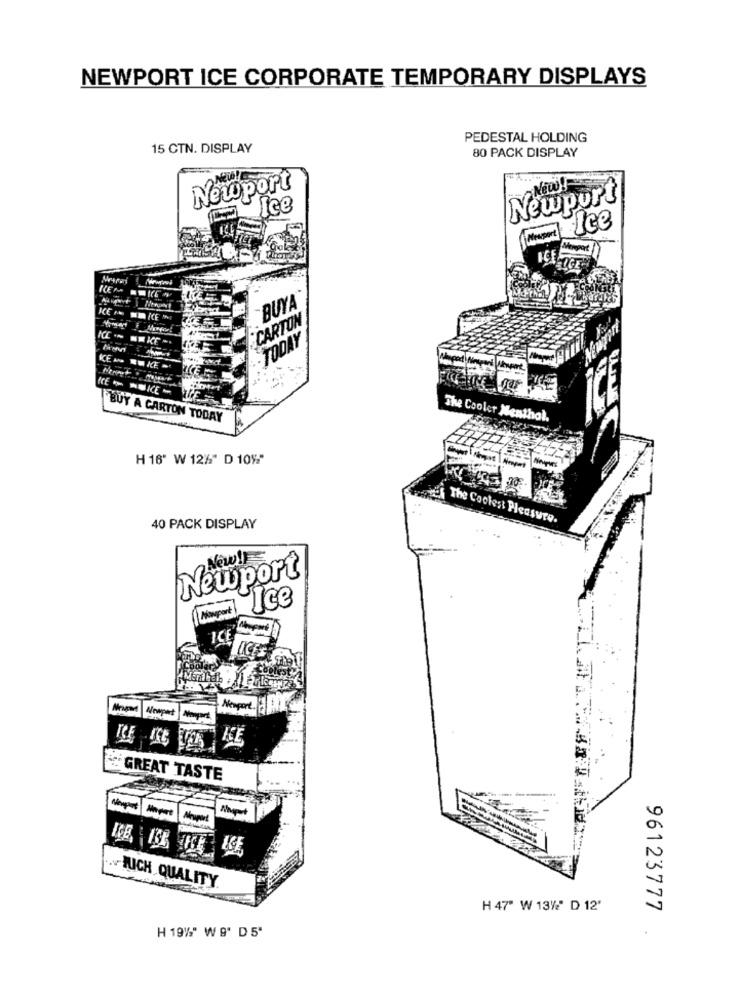
NEWPORT ICE CORPORATE TEMPORARY DISPLAYS
PEDESTAL HOLDING
15 CTN. DISPLAY
80 PACK DISPLAY
Newport
NEW!
Newport
"Ice
lee
Metros
BUYA
CARTON
TODAY
KE - - SICE -
BUY A CARTON TODAY
The Cooler Menthol.
H 16' W 12%" D 10%"
The Coolest Pleasure.
40 PACK DISPLAY
New!
Newport
"Ice
Newpht
GREAT TASTE
Nexport Import
Mirupset
JUICH QUALITY.
H 47" W 13%2' D 12'
96123777
H 19%" W 9' D 5"